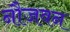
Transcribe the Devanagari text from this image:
नौजवन